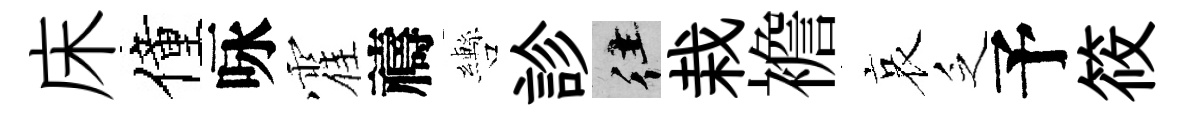
床僮咏霍禱轡診往栽襜哀乏予筱